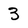
Character: 3